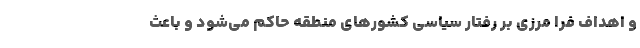
و اهداف فرا مرزی بر رفتار سیاسی کشورهای منطقه حاکم می‌شود و باعث